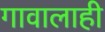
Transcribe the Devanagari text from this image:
गावालाही